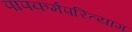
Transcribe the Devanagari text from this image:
पापकर्मपरित्याग